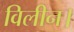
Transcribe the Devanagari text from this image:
विलीन।